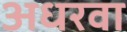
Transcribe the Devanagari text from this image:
अधरवा